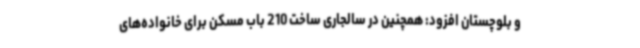
و بلوچستان افزود: همچنین در سالجاری ساخت 210 باب مسکن برای خانواده‌های